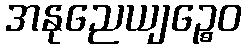
အနုညေယျဉ္စေဝ